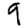
Digit: 9